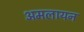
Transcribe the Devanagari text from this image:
अमलायन